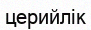
церийлік